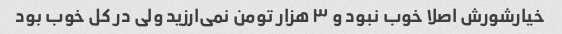
خیارشورش اصلا خوب نبود و ۳ هزار تومن نمی‌ارزید ولی در کل خوب بود